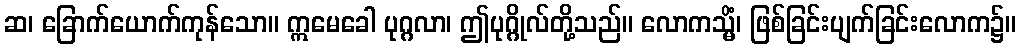
ဆ၊ ခြောက်ယောက်ကုန်သော။ ဣမေခေါ ပုဂ္ဂလာ၊ ဤပုဂ္ဂိုလ်တို့သည်။ လောကသ္မိံ၊ ဖြစ်ခြင်းပျက်ခြင်းလောက၌။